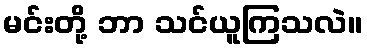
မင်းတို့ ဘာ သင်ယူကြသလဲ။